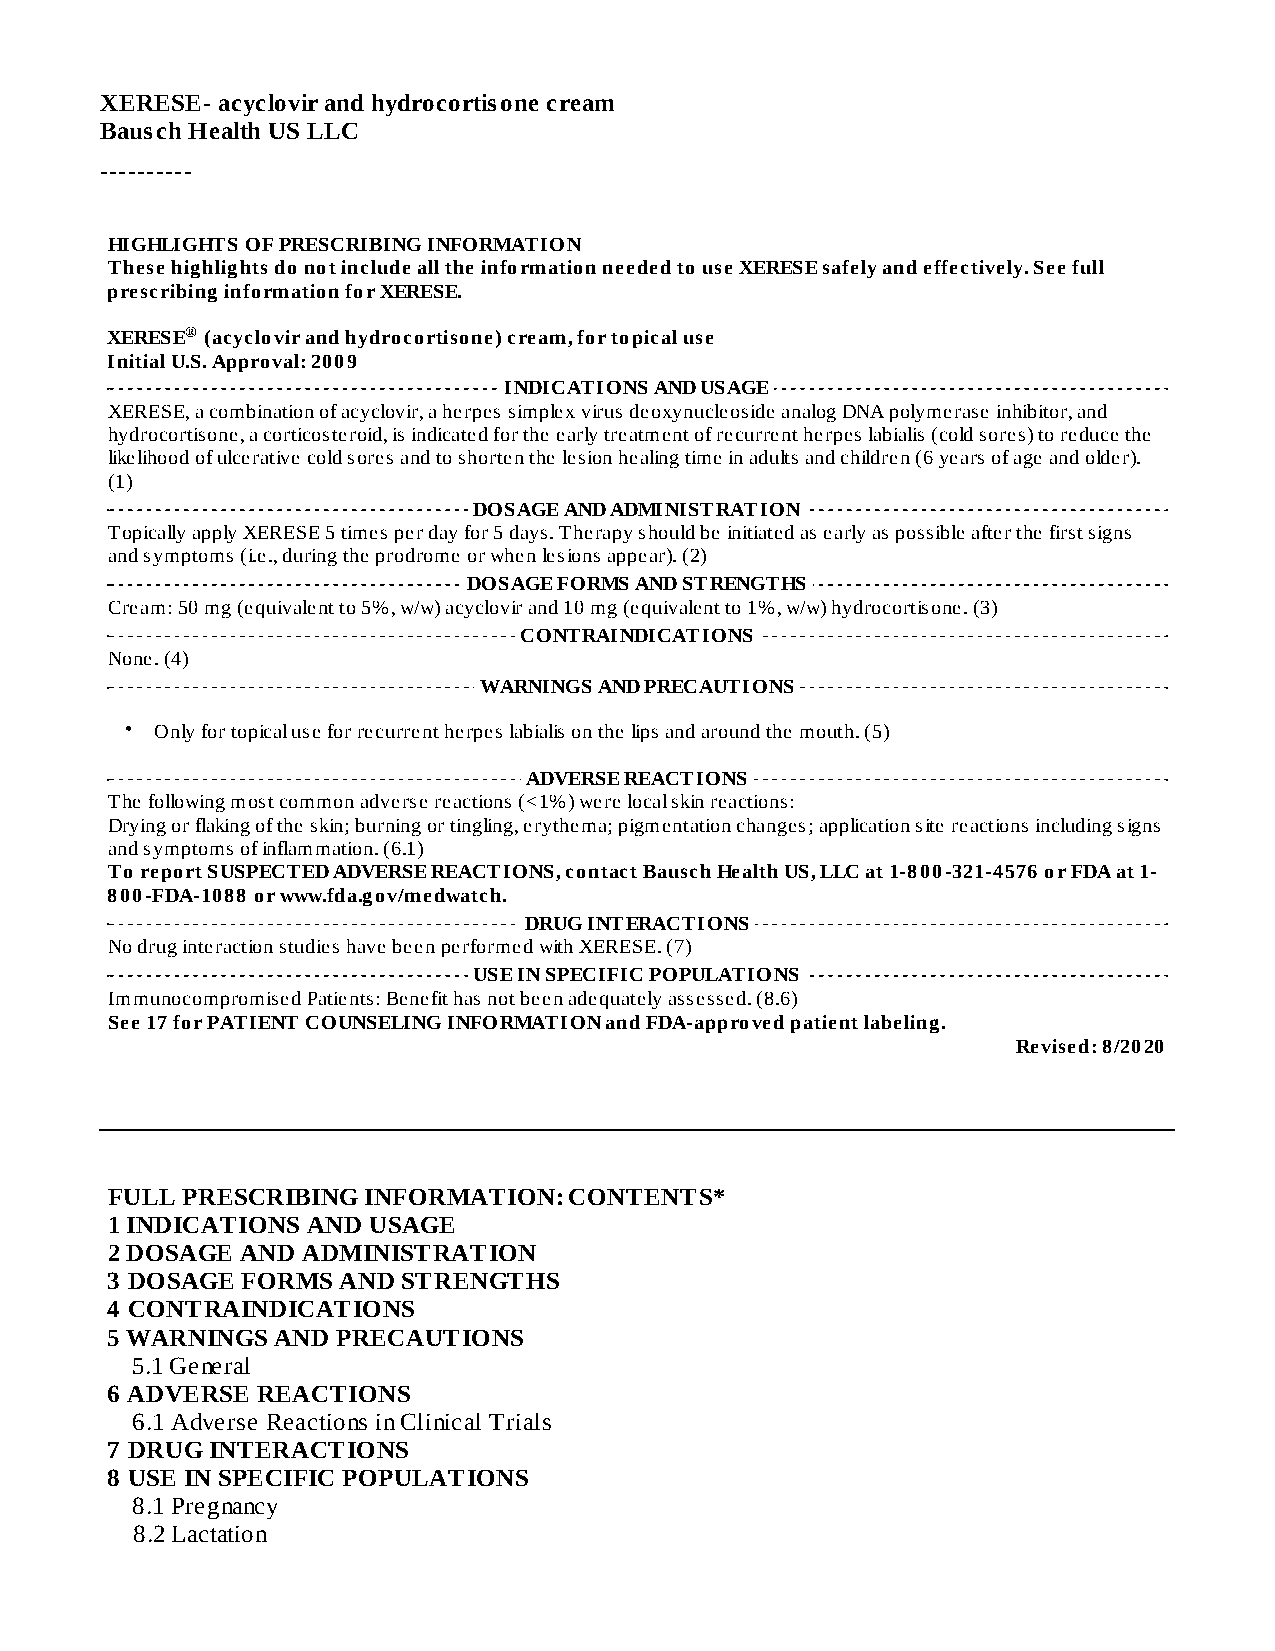
XERESE- acyclovir and hydrocortisone cream
 Bausch Health US LLC
 ----------
 HIGHLIGHTS OF PRESCRIBING INFORMATION
 These highlights do not include all the information needed to use XERESE safely and effectively. See full
 prescribing information for XERESE.
 XERESE® (acyclovir and hydrocortisone) cream, for topical use
 Initial U.S. Approval: 2009
 INDICATIONS AND USAGE
 XERESE, a combination of acyclovir, a herpes simplex virus deoxynucleoside analog DNA polymerase inhibitor, and
 hydrocortisone, a corticosteroid, is indicated for the early treatment of recurrent herpes labialis (cold sores) to reduce the
 likelihood of ulcerative cold sores and to shorten the lesion healing time in adults and children (6 years of age and older).
 (1)
 DOSAGE AND ADMINISTRATION
 Topically apply XERESE 5 times per day for 5 days. Therapy should be initiated as early as possible after the first signs
 and symptoms (i.e., during the prodrome or when lesions appear). (2)
 DOSAGE FORMS AND STRENGTHS
 Cream: 50 mg (equivalent to 5%, w/w) acyclovir and 10 mg (equivalent to 1%, w/w) hydrocortisone. (3)
 CONTRAINDICATIONS
 None. (4)
 WARNINGS AND PRECAUTIONS
 • Only for topical use for recurrent herpes labialis on the lips and around the mouth. (5)
 ADVERSE REACTIONS
 The following most common adverse reactions (<1%) were local skin reactions:
 Drying or flaking of the skin; burning or tingling, erythema; pigmentation changes; application site reactions including signs
 and symptoms of inflammation. (6.1)
 To report SUSPECTED ADVERSE REACTIONS, contact Bausch Health US, LLC at 1-800-321-4576 or FDA at 1-
 800-FDA-1088 or www.fda.gov/medwatch.
 DRUG INTERACTIONS
 No drug interaction studies have been performed with XERESE. (7)
 USE IN SPECIFIC POPULATIONS
 Immunocompromised Patients: Benefit has not been adequately assessed. (8.6)
 See 17 for PATIENT COUNSELING INFORMATION and FDA-approved patient labeling.
 Revised: 8/2020
 FULL PRESCRIBING INFORMATION:  CONTENTS*
 1 INDICATIONS AND USAGE
 2 DOSAGE AND ADMINISTRATION
 3 DOSAGE FORMS AND  STRENGTHS
 4 CONTRAINDICATIONS
 5 WARNINGS AND PRECAUTIONS
 5.1 General
 6 ADVERSE REACTIONS
 6.1 Adverse Reactions in Clinical Trials
 7 DRUG INTERACTIONS
 8 USE IN SPECIFIC POPULATIONS
 8.1 Pregnancy
 8.2 Lactation